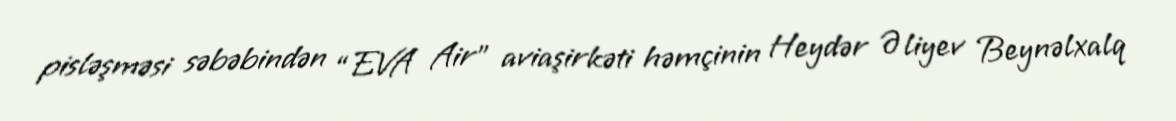
pisləşməsi səbəbindən “EVA Air” aviaşirkəti həmçinin Heydər Əliyev Beynəlxalq